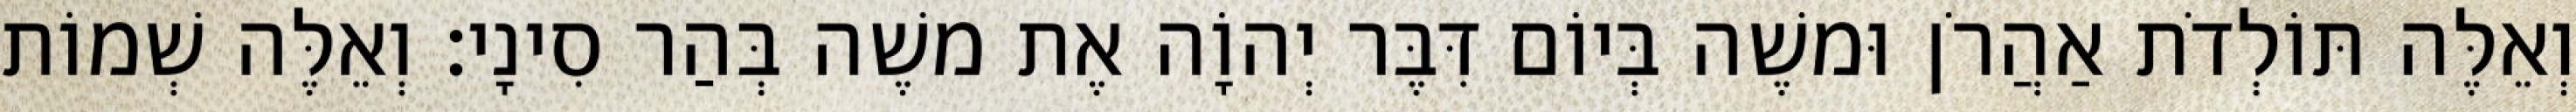
וְאֵלֶּה תּוֹלְדֹת אַהֲרֹן וּמשֶׁה בְּיוֹם דִּבֶּר יְהוָֹה אֶת משֶׁה בְּהַר סִינָי׃ וְאֵלֶּה שְׁמוֹת